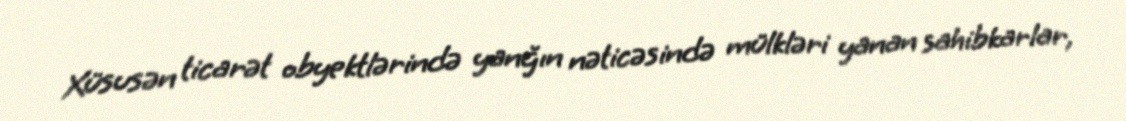
Xüsusən ticarət obyektlərində yanğın nəticəsində mülkləri yanan sahibkarlar,